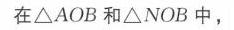
在\(\triangle AOB\)和\(\triangle NOB\)中，